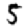
Digit: 5